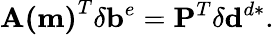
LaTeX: \mathbf{A(m)}^{T}\delta\mathbf{b}^{e}=\mathbf{P}^{T}\delta\mathbf{d}^{d*}.